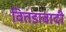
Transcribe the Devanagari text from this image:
वितंडावादी